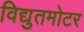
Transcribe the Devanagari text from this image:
विद्युतमोटर